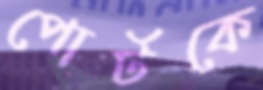
পোর্টকে